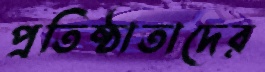
প্রতিষ্ঠাতাদের